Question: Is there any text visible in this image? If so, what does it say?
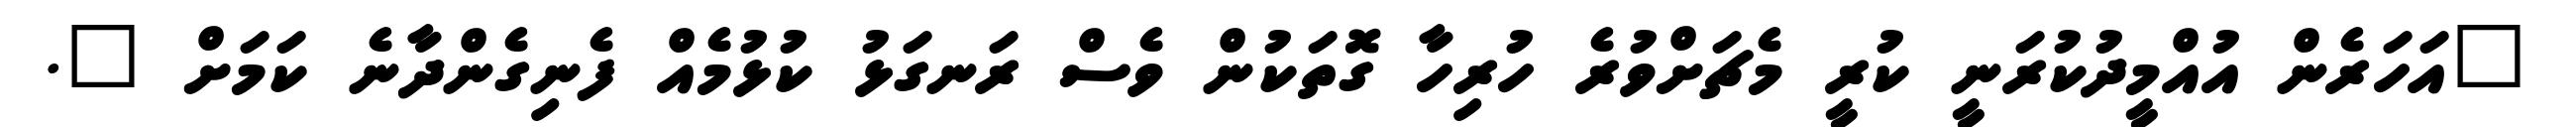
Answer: "އަހަރެން އުއްމީދުކުރަނީ ކުރީ މެޗަށްވުރެ ހުރިހާ ގޮތަކުން ވެސް ރަނގަޅު ކުޅުމެއް ފެނިގެންދާނެ ކަމަށް ".